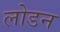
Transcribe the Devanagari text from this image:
लोडन